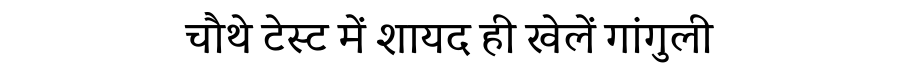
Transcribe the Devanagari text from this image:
चौथे टेस्ट में शायद ही खेलें गांगुली